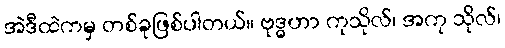
အဲဒီထဲကမှ တစ်ခုဖြစ်ပါတယ်။ ဗုဒ္ဓဟာ ကုသိုလ်၊ အကု သိုလ်၊